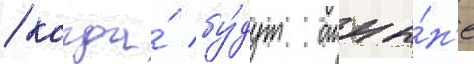
/ когда́ бу́дут отны́н'е